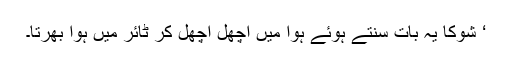
‘ شوکا یہ بات سنتے ہوئے ہوا میں اچھل اچھل کر ٹائر میں ہوا بھرتا۔